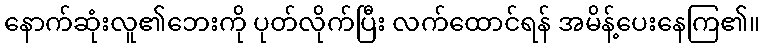
နောက်ဆုံးလူ၏ဘေးကို ပုတ်လိုက်ပြီး လက်ထောင်ရန် အမိန့်ပေးနေကြ၏။